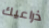
ذراعيك